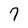
Character: 7